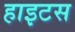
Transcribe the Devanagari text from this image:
हाइटस